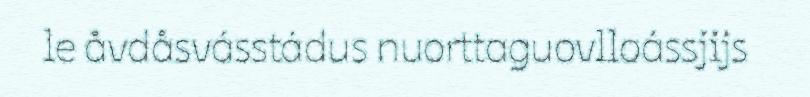
le åvdåsvásstádus nuorttaguovlloássjijs